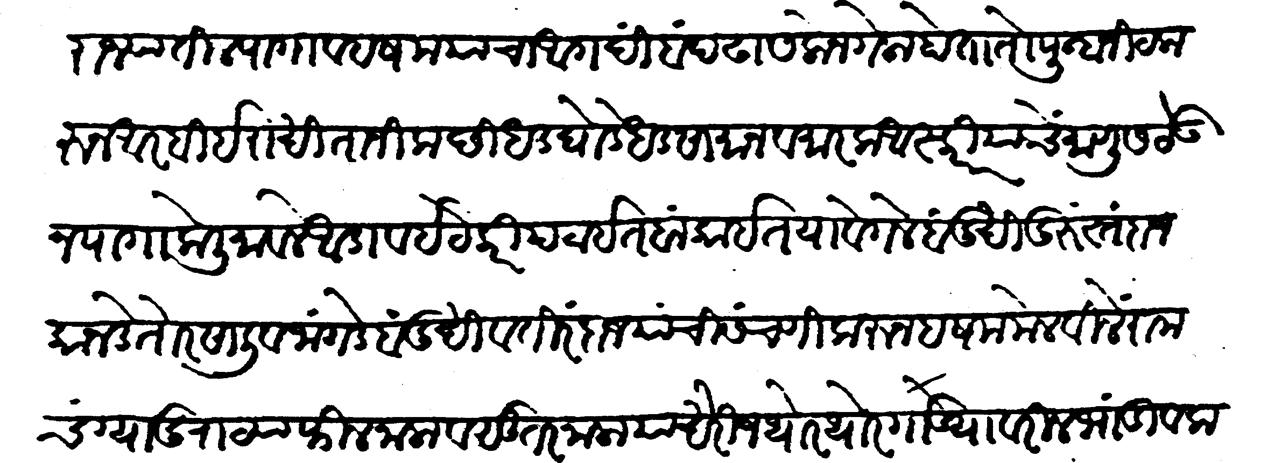
Transliteration (Devanagari): करून आरबी इराखी ताजी कच्छी धड घोडे, धड सामान व मारक आस्करि याचें माणूस ठेऊन पागा केली. मावले आडाव इटेकरी पटाईत बांकाईत यावेगले बंदुक्खी दुरुस्तंराज कानडे तोरसाली व जांगडे बंदुखी व तिरंदाज यांची संचणी करुन हशम मेळविले रामचंग्या दुराट्या फिलनाळा व सुरतनाळा यांखेरीज थोर थोर गाड्यांवरील भांडी व करोल यैसा चालता तोफखाना सजला राज्य अबादान केलें पुढे पराक्रांत राज्य हस्त वश्य